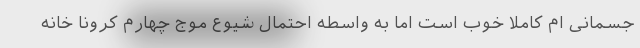
جسمانی ام کاملا خوب است اما به واسطه احتمال شیوع موج چهارم کرونا خانه